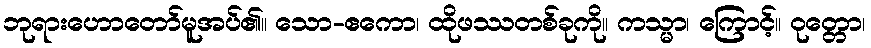
ဘုရားဟောတော်မူအပ်၏။ သော-ဧကော၊ ထိုဖဿတစ်ခုကို။ ကသ္မာ၊ ကြောင့်။ ဝုတ္တော၊